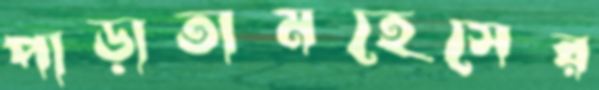
পাড়াতামহেসের